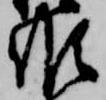
候